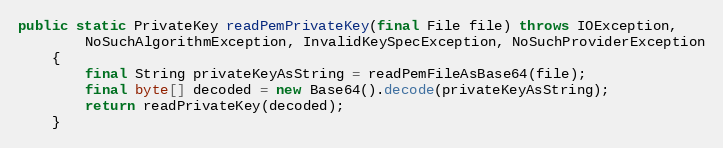
Language: Java
public static PrivateKey readPemPrivateKey(final File file) throws IOException,
		NoSuchAlgorithmException, InvalidKeySpecException, NoSuchProviderException
	{
		final String privateKeyAsString = readPemFileAsBase64(file);
		final byte[] decoded = new Base64().decode(privateKeyAsString);
		return readPrivateKey(decoded);
	}